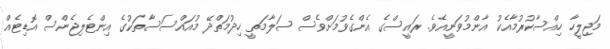
މަޖިލީހާ ހިއްސާކުުރުމާއެކު އާންމުވަނީއެވެ. ރައީސްގެ އެންގެވުމަށްވެސް ސަލާމަތީ ހިދުމަތްދޭ މުއައްސަސާތަކުގެ އިންޓެލިޖެންސް އޮޑިޓެއް